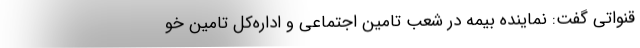
قنواتی گفت: نماینده بیمه در شعب تامین اجتماعی و اداره‌کل تامین خو